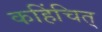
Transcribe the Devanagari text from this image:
कहिंचित्‌